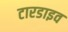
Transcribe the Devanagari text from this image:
टारडाइव